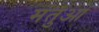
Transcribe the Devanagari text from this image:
मंतुआ